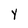
Character: Y